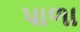
પાળા